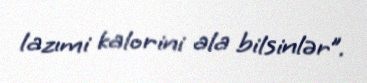
lazımi kalorini ala bilsinlər”.